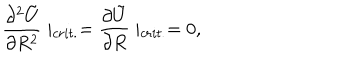
LaTeX: \frac { \partial ^ { 2 } \tilde { U } } { \partial R ^ { 2 } } \mid _ { c r i t . } = \frac { \partial \tilde { U } } { \partial R } \mid _ { c r i t . } = 0 ,